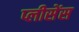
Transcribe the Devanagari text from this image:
प्लीसेंस